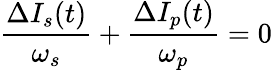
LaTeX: \frac{\Delta I_{s}(t)}{\omega_{s}}+\frac{\Delta I_{p}(t)}{\omega_{p}}=0